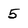
Character: 5